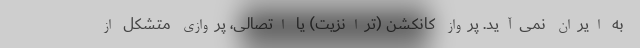
به ایران نمی‌آید. پرواز کانکشن (ترانزیت) یا اتصالی، پروازی متشکل از